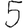
Digit: 5